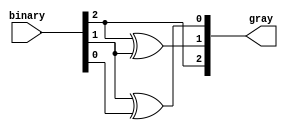
module gray_code_encoder (
    input [2:0] binary,  // 3-bit binary input
    output [2:0] gray    // 3-bit Gray code output
);

// Assigning Gray code outputs based on the binary input
assign gray[2] = binary[2];          // G2 = B2
assign gray[1] = binary[2] ^ binary[1]; // G1 = B2 XOR B1
assign gray[0] = binary[1] ^ binary[0]; // G0 = B1 XOR B0

endmodule